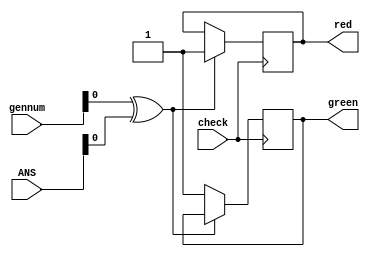
`timescale 1ns / 1ps
//////////////////////////////////////////////////////////////////////////////////
// Company: 
// Engineer: 
// 
// Design Name: 
// Module Name: top_suprem
// Project Name: 
// Target Devices: 
// Tool Versions: 
// Description: 
// 
// Dependencies: 
// 
// Revision:
// Revision 0.01 - File Created
// Additional Comments:
// 
//////////////////////////////////////////////////////////////////////////////////


module top_suprem(
    input check,
    input [15:0]gennum,
    input [15:0]ANS,
    output reg red,
    output reg green
    );
    reg a;
    always @(posedge check)begin
    a=(gennum^ANS);
    if (a==16'b0)begin
        green= 1;
        end
     else begin
        red=1;     
     end
    end
    
endmodule